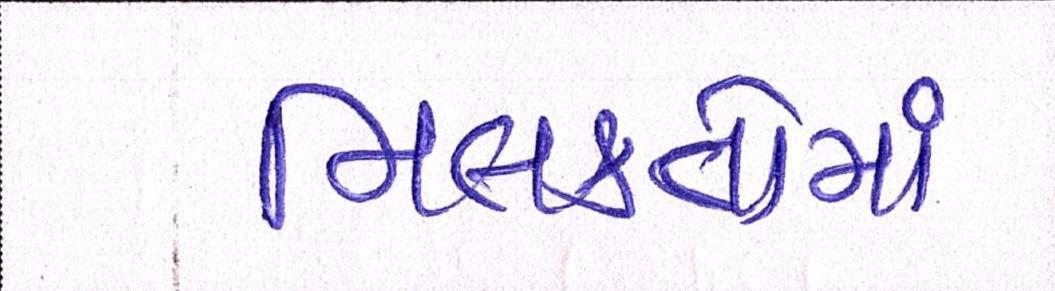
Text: મિલકતોમાં